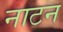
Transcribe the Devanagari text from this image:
नाटन